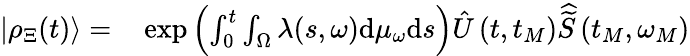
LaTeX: \begin{array}{rl}{|\rho_{\Xi}(t)\rangle=}&{{}\exp\left(\int_{0}^{t}\int_{\Omega}\lambda(s,\omega)\mathrm{d}\mu_{\omega}\mathrm{d}s\right)\hat{U}\left(t,t_{M}\right)\widehat{\widetilde{S}}\left(t_{M},\omega_{M}\right)}\end{array}